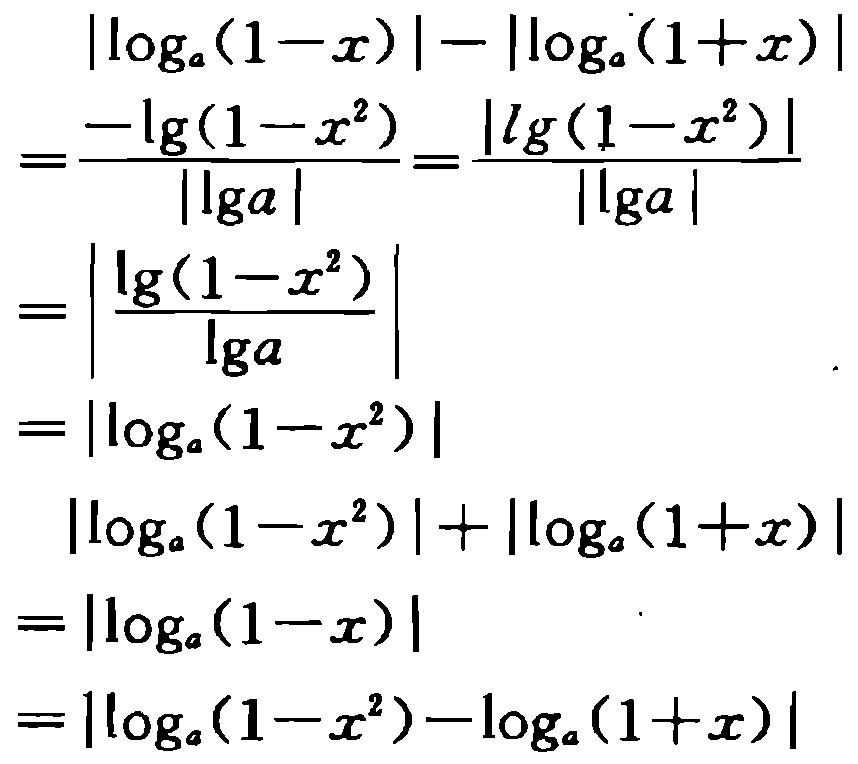
\[
\begin{align*}
&|\log_{a}(1 - x)|-|\log_{a}(1 + x)|\\
=&\frac{-\lg(1 - x^{2})}{|\lg a|}=\frac{|\lg(1 - x^{2})|}{|\lg a|}\\
=&\left|\frac{\lg(1 - x^{2})}{\lg a}\right|\\
=&|\log_{a}(1 - x^{2})|\\
&|\log_{a}(1 - x^{2})|+|\log_{a}(1 + x)|\\
=&|\log_{a}(1 - x)|\\
=&|\log_{a}(1 - x^{2})-\log_{a}(1 + x)|
\end{align*}
\]